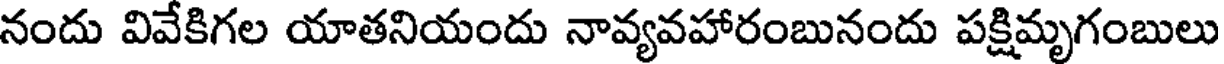
నందు వివేకిగల యాతనియందు నావ్యవహారంబునందు పక్షిమృగంబులు